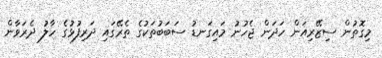
މިގޮތުން ސިޒޭރިއަން ހަދަން ޖެހުނު މައިގަނޑު ސަބަބުތަކުގެ ތެރޭގައި ދަރިފުޅުގެ ހާލު ދެރަވާން